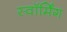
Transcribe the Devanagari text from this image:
स्वॉर्मिंग